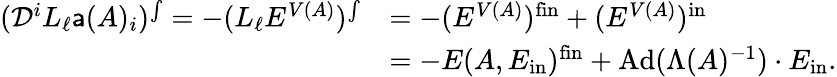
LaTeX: \begin{array}{rl}{(\mathcal{D}^{i}L_{\ell}{\mathsf{a}}(A)_{i})^{\int}=-(L_{\ell}E^{{V}(A)})^{\int}}&{=-(E^{{V}(A)})^{\mathrm{fin}}+(E^{{V}(A)})^{\mathrm{in}}}\\ &{=-E(A,E_{\mathrm{in}})^{\mathrm{fin}}+\mathrm{Ad}(\Lambda(A)^{-1})\cdot E_{\mathrm{in}}.}\end{array}